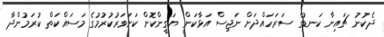
ދެކުނު ޗައިނާ ކަނޑުގެ ސަރަހައްދަށް ނަޖިސް އަޅާކަން ޔަގީންކޮށް ކަށަވަރުކުރުމުގެ މަސައްކަތް ކުރަމުންދާ